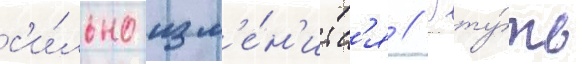
с'и́льно изм'е́н'итс'я // Рту́ть